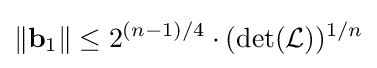
\Vert \mathbf {b} _{1}\Vert \leq 2^{(n-1)/4}\cdot (\det({\mathcal {L}}))^{1/n}